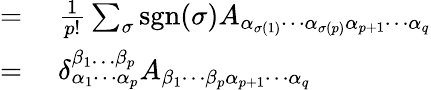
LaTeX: \begin{array}{rl}{={}}&{{}{\frac{1}{p!}}\sum_{\sigma}\operatorname{sgn}(\sigma)A_{\alpha_{\sigma(1)}\cdots\alpha_{\sigma(p)}\alpha_{p+1}\cdots\alpha_{q}}}\\ {={}}&{{}\delta_{\alpha_{1}\cdots\alpha_{p}}^{\beta_{1}\dots\beta_{p}}A_{\beta_{1}\cdots\beta_{p}\alpha_{p+1}\cdots\alpha_{q}}}\end{array}